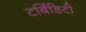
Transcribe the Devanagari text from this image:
टर्बिडिटी